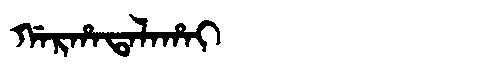
Manchu: ᡤᠠᡵᡥᠠᡨᠠᠯᠠᡥᠠᡳ
Romanization: GARHATALAHAI